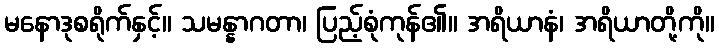
မနောဒုစရိုက်နှင့်။ သမန္နာဂတာ၊ ပြည့်စုံကုန်၏။ အရိယာနံ၊ အရိယာတို့ကို။